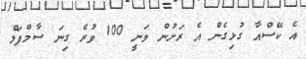
އެ ކޭސްއާ ގުޅިގެން އެ ރަށުން ވަނީ 100 ވުރެ ގިނަ ސާމްޕަލް